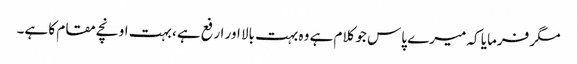
مگر فرمایا کہ میرے پاس جو کلام ہے وہ بہت بالا اور ارفع ہے، بہت اونچے مقام کا ہے۔